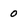
Character: 0